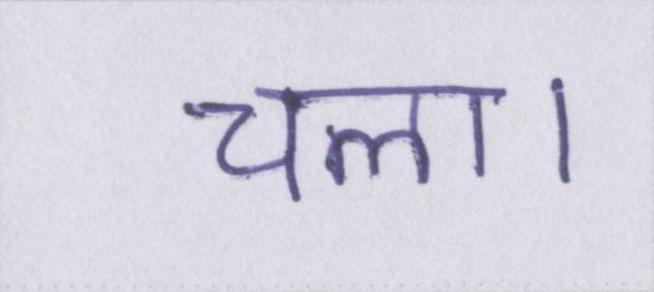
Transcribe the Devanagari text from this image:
चला।